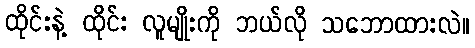
ထိုင်းနဲ့ ထိုင်း လူမျိုးကို ဘယ်လို သဘောထားလဲ။